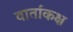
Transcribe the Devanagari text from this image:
वार्ताकक्ष